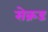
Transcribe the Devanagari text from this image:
सेक्रड